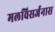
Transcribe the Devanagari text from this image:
मलविसर्जनास